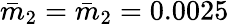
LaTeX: \bar{m}_{2}=\bar{m}_{2}=0.0025